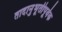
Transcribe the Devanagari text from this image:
तादानुभूतीपूर्वक